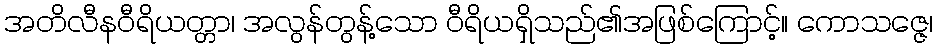
အတိလီနဝီရိယတ္တာ၊ အလွန်တွန့်သော ဝီရိယရှိသည်၏အဖြစ်ကြောင့်။ ကောသဇ္ဇေ၊